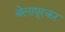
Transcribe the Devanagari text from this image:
बेलापूरकर